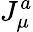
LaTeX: J_{\mu}^{a}